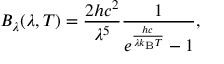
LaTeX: B _ { \lambda } ( \lambda , T ) = { \frac { 2 h c ^ { 2 } } { \lambda ^ { 5 } } } { \frac { 1 } { e ^ { \frac { h c } { \lambda k _ { \mathrm { B } } T } } - 1 } } ,